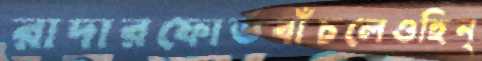
রাদারফোর্ডবাঁচলেওহিন্